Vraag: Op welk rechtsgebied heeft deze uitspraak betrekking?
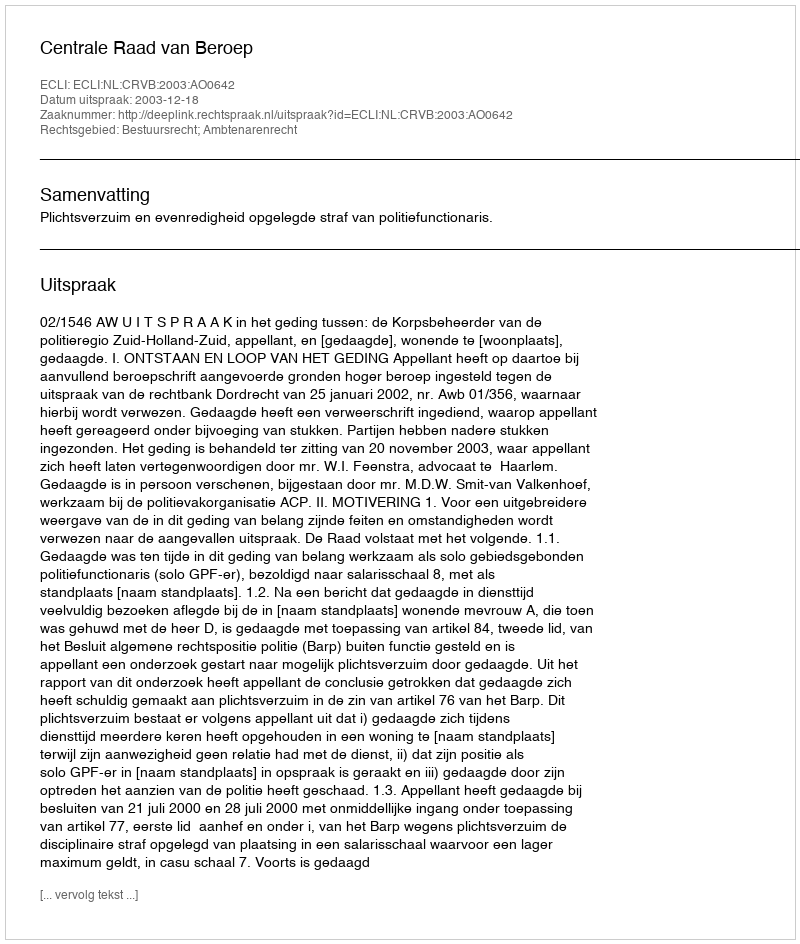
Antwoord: Bestuursrecht; Ambtenarenrecht